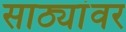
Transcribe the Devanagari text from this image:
साठ्यांवर